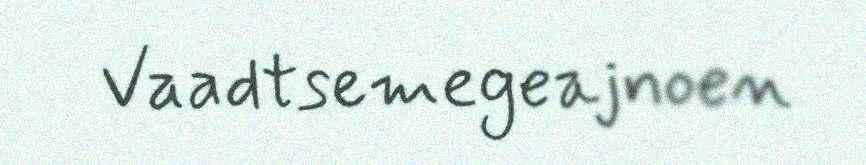
Vaadtsemegeajnoen